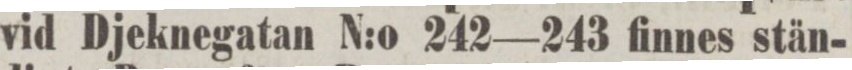
vid Djeknegatan N:o 242—243 finnes stän-